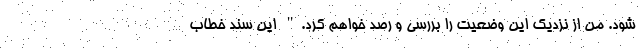
شود. من از نزدیک این وضعیت را بررسی و رصد خواهم کرد." این سند خطاب